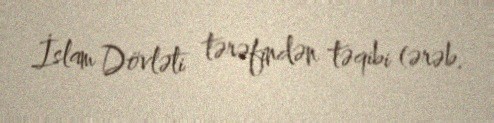
İslam Dövləti tərəfindən təqibi (ərəb.